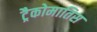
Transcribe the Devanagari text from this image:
ट्रैकोमातिस